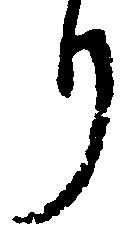
り